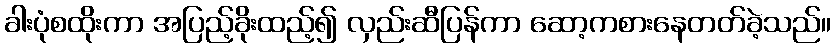
ခါးပုံစထိုးကာ အပြည့်ခိုးထည့်၍ လှည်းဆီပြန်ကာ ဆော့ကစားနေတတ်ခဲ့သည်။